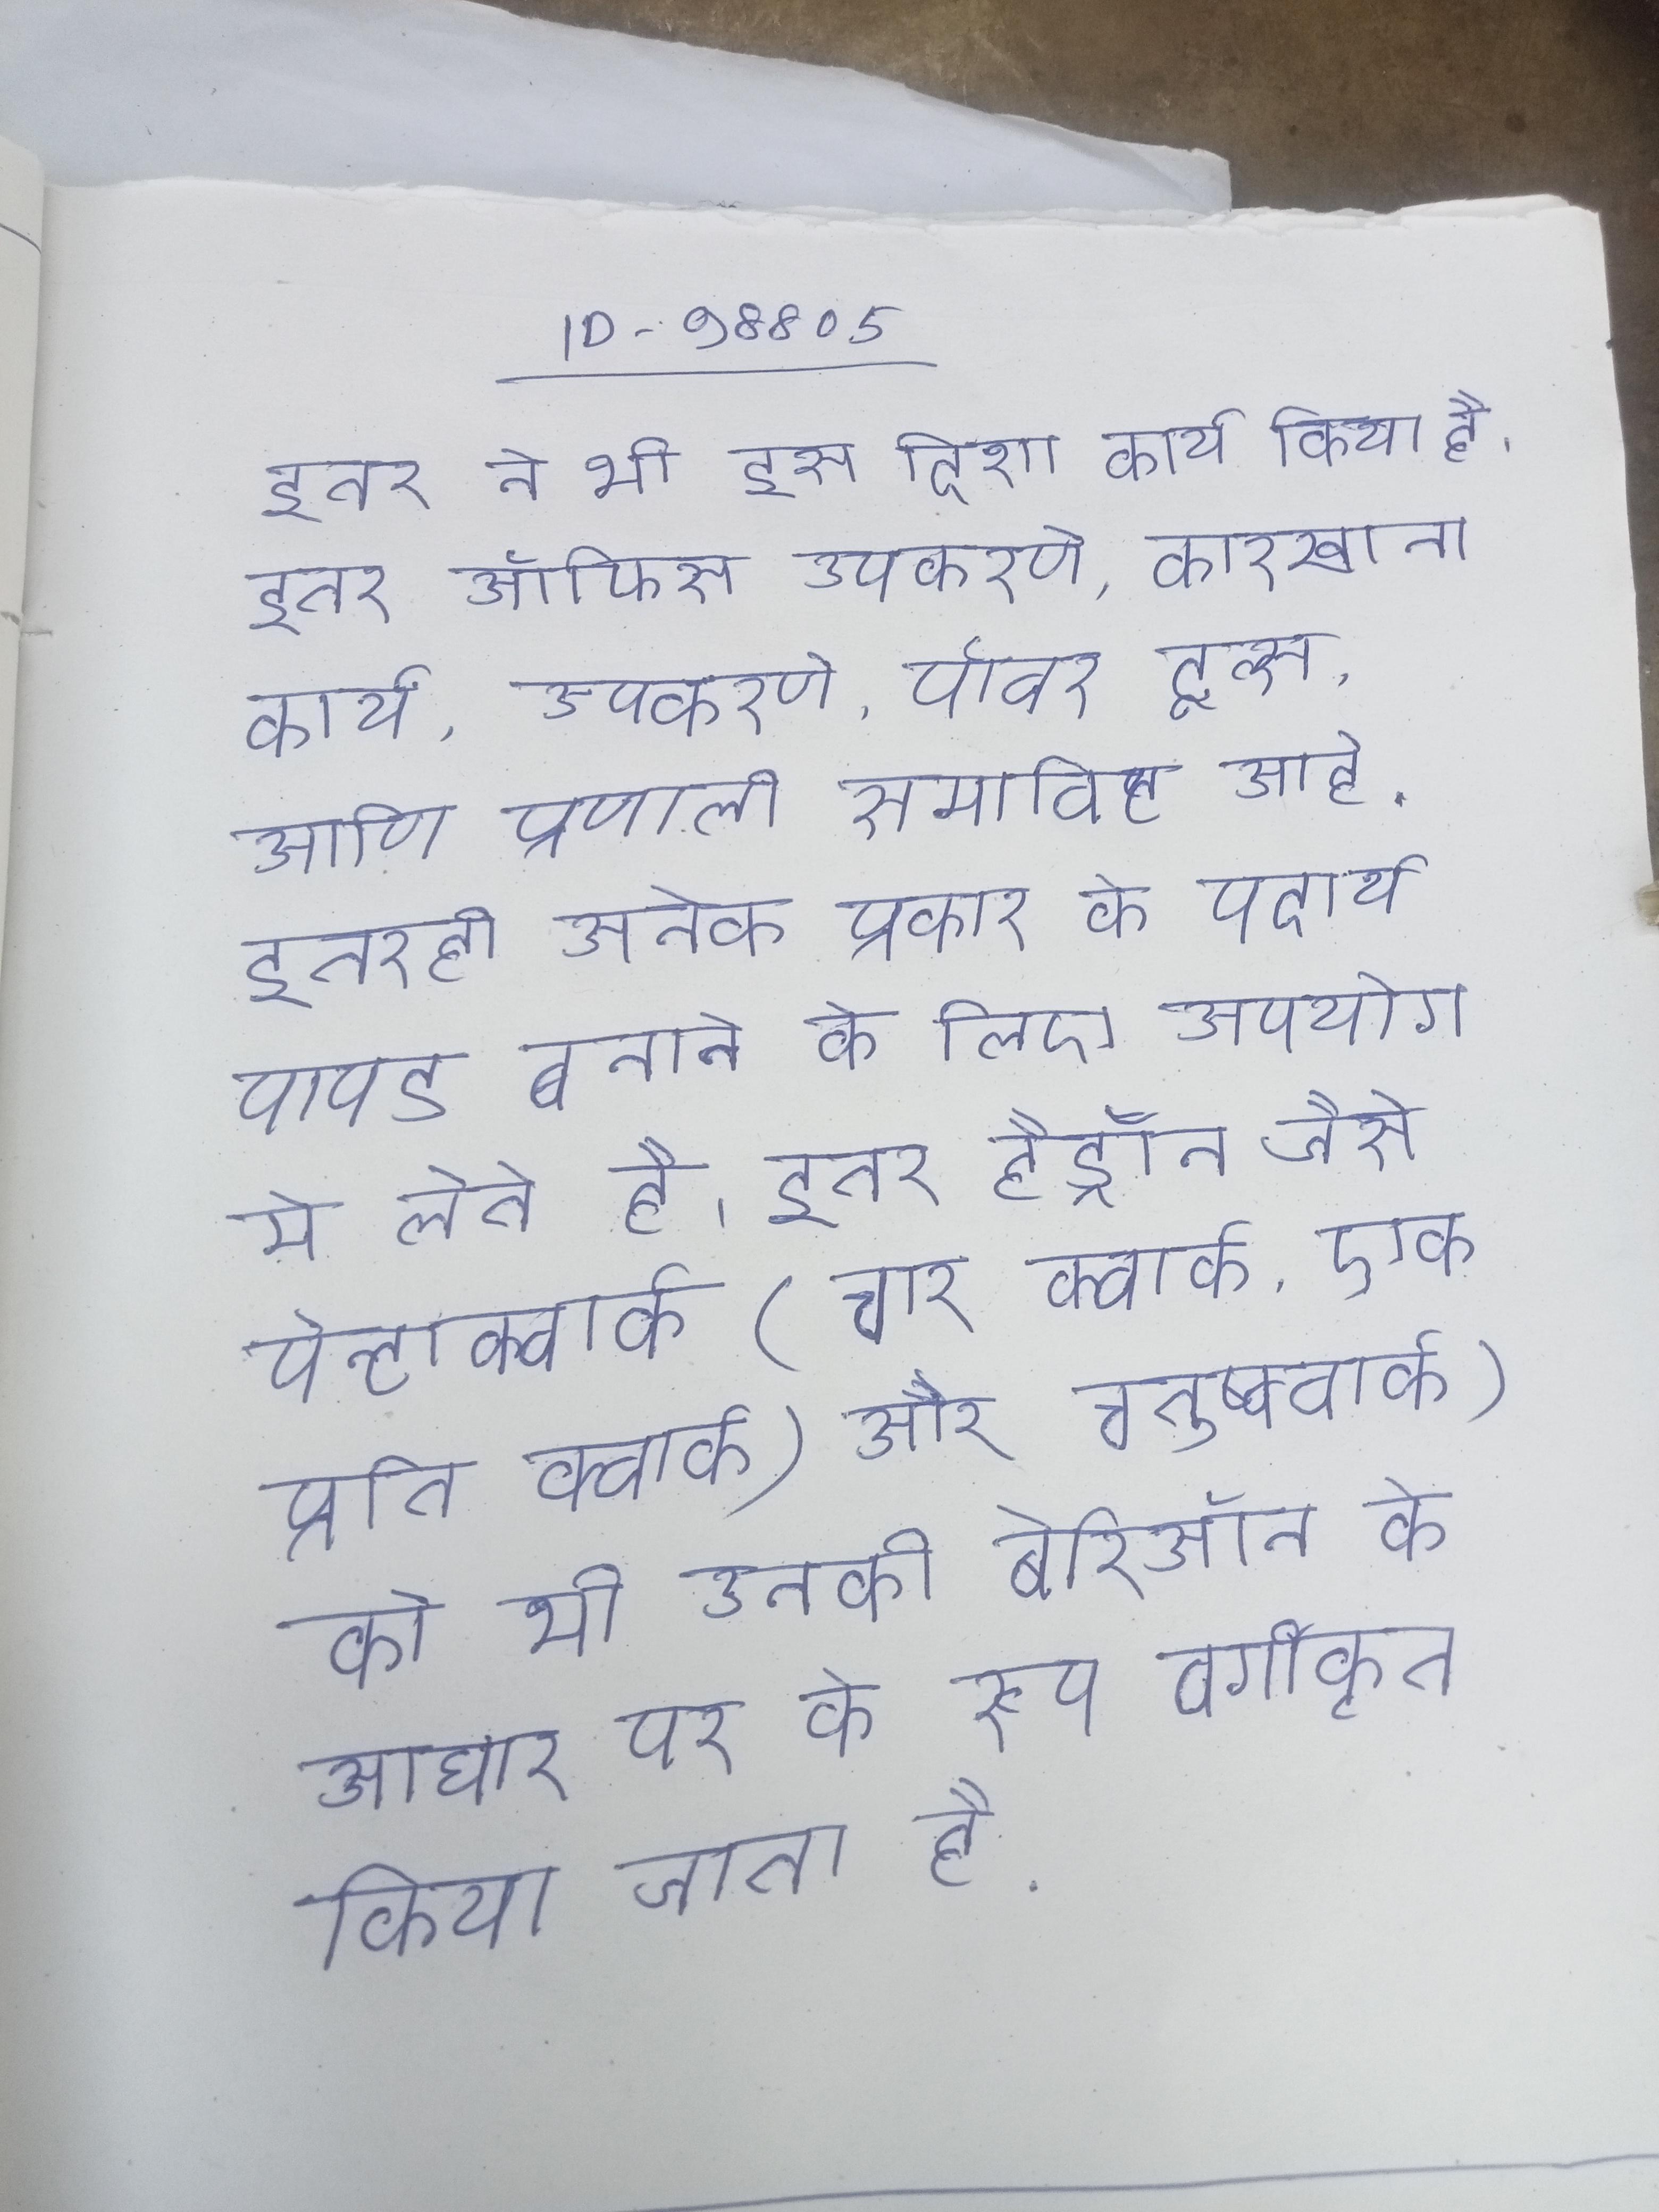
इतर ने भी इस दिशा कार्य किया है । इतर ऑफिस उपकरणे, कारखाना कार्य, उपकरणे, पॉवर टूल्स, आणि प्रणाली समाविष्ट आहे . इतरही अनेक प्रकार के पदार्थ पापड बनाने के लिए उपयोग मे लेते है । इतर हैड्रॉन जैसे पेन्टाक्वार्क (चार क्वार्क, एक प्रति क्वार्क) और चतुष्क्वार्क (दो क्वार्क, दो प्रतिक्वार्क) को भी उनकी बेरिऑन के आधार पर के रूप वर्गीकृत किया जाता है ।